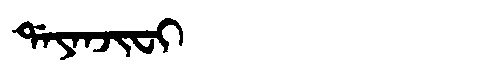
Manchu: ᡩᠠᠶᠠᠨᠵᡳᠸᡳ
Romanization: DAYANJIFI